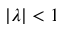
| \lambda | < 1